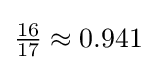
{\tfrac {16}{17}}\approx 0.941